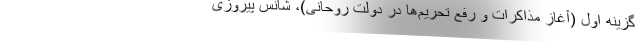
گزینه اول (آغاز مذاکرات و رفع تحریم‌ها در دولت روحانی)، شانس پیروزی